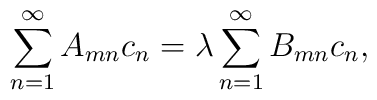
\sum_{n=1}^{\infty}A_{mn}c_n = \lambda \sum_{n=1}^{\infty}B_{mn}c_n,